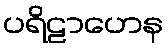
ပရိဠာဟေန